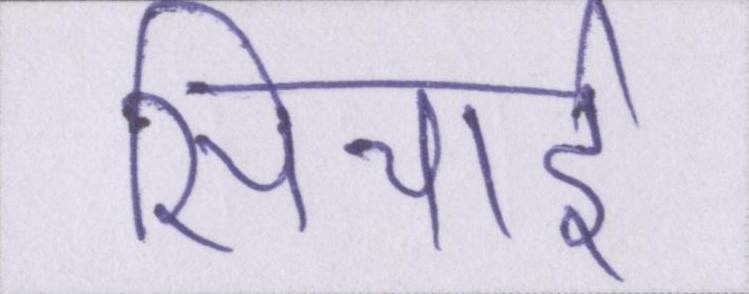
सिचाई